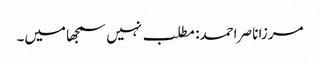
مرزا ناصر احمد: مطلب نہیں سمجھا میں۔